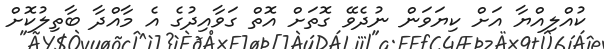
ކުއްލިއްޔާ އަށް ކިޔަވަން ނުދެވޭ ގޮތަށް އޮތް ގަވާއިދުގެ އެ މާއްދާ ބާތިލުކޮށް